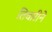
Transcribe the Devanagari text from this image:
तिवारीने